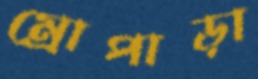
ম্রোপাড়া